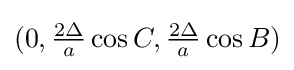
(0,{\tfrac {2\Delta }{a}}\cos C,{\tfrac {2\Delta }{a}}\cos B)